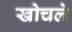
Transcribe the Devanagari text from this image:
खोचले